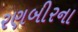
રણબીરના